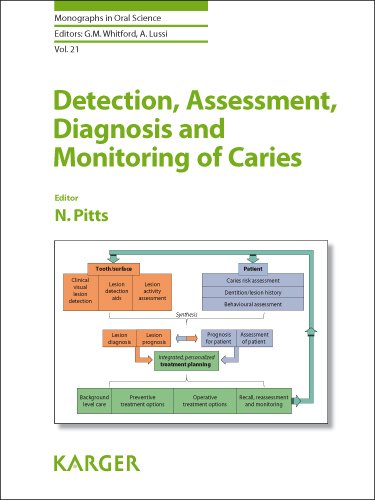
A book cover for Detection, Assessment, Diagnosis and Monitoring of Caries (Monographs in Oral Science, Vol. 21); Medical Books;